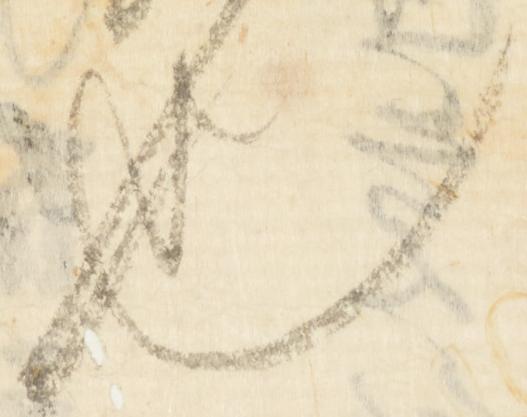
也